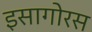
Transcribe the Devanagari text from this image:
इसागोरस